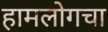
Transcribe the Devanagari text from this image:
हामलोगचा